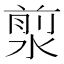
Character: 𣹅